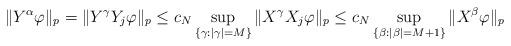
LaTeX: \begin{align*}\|Y^\alpha\varphi\|_p=\|Y^\gamma Y_j \varphi\|_p\leq c_N\sup_{\{\gamma:|\gamma|=M\}}\|X^\gamma X_j\varphi\|_p\leq c_N\sup_{\{\beta:|\beta|=M+1\}}\|X^\beta\varphi\|_p\end{align*}